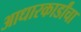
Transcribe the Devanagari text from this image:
आधारकार्डांचा